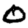
Digit: 0